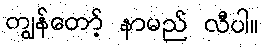
ကျွန်တော့် နာမည် လီပါ။